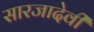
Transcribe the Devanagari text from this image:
सारजादेवी